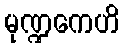
မုဏ္ဍကေဟိ